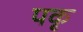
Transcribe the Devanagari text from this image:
पकृ